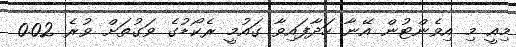
މިއީ މި އިވެންޓުން އޭނާ ހަދާފައިވާ ގައުމީ ރެކޯޑުގެ ވަގުތަށް ވުރެ 0.02